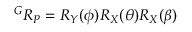
{ { ^ G } R _ { P } } = { R _ { Y } ( \phi ) } { R _ { X } ( \theta ) } { R _ { X } ( \beta ) }